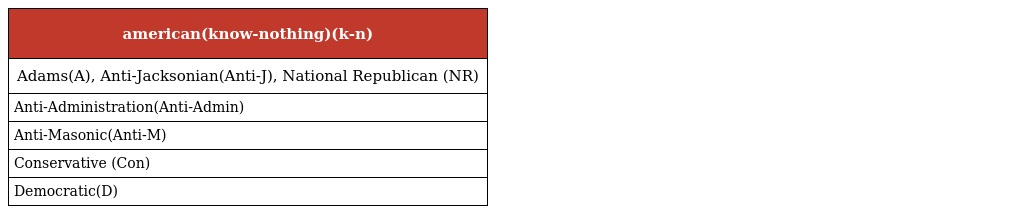
| american(know-nothing)(k-n) |
 | --- |
 | Adams(A), Anti-Jacksonian(Anti-J), National Republican (NR) |
 | Anti-Administration(Anti-Admin) |
 | Anti-Masonic(Anti-M) |
 | Conservative (Con) |
 | Democratic(D) |